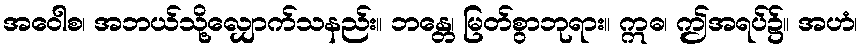
အဝေါစ၊ အဘယ်သို့လျှောက်သနည်း။ ဘန္တေ၊ မြတ်စွာဘုရား။ ဣဓ၊ ဤအရပ်၌။ အဟံ၊